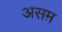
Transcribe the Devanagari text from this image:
असम़